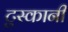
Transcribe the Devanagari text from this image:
टुस्कानी